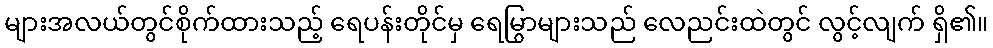
များအလယ်တွင်စိုက်ထားသည့် ရေပန်းတိုင်မှ ရေမြွာများသည် လေညင်းထဲတွင် လွင့်လျက် ရှိ၏။